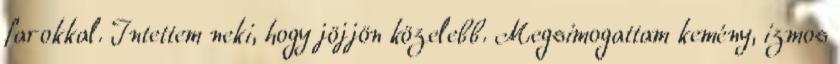
farokkal. Intettem neki, hogy jöjjön közelebb. Megsimogattam kemény, izmos